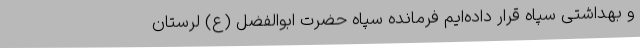
و بهداشتی سپاه قرار داده‌ایم فرمانده سپاه حضرت ابوالفضل (ع) لرستان